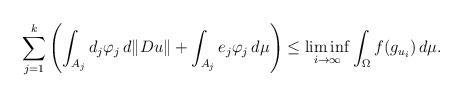
LaTeX: \begin{align*}\sum_{j=1}^k\left(\int_{A_j}d_j\varphi_j \,d\Vert Du\Vert +\int_{A_j}e_j\varphi_j\,d\mu\right) \le \liminf_{i\to\infty}\int_{\Omega} f(g_{u_i})\,d\mu.\end{align*}